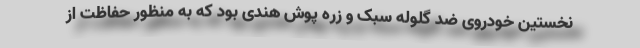
نخستین خودروی ضد گلوله سبک و زره پوش هندی بود که به منظور حفاظت از